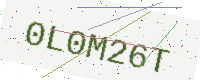
Text: 0L0M26T